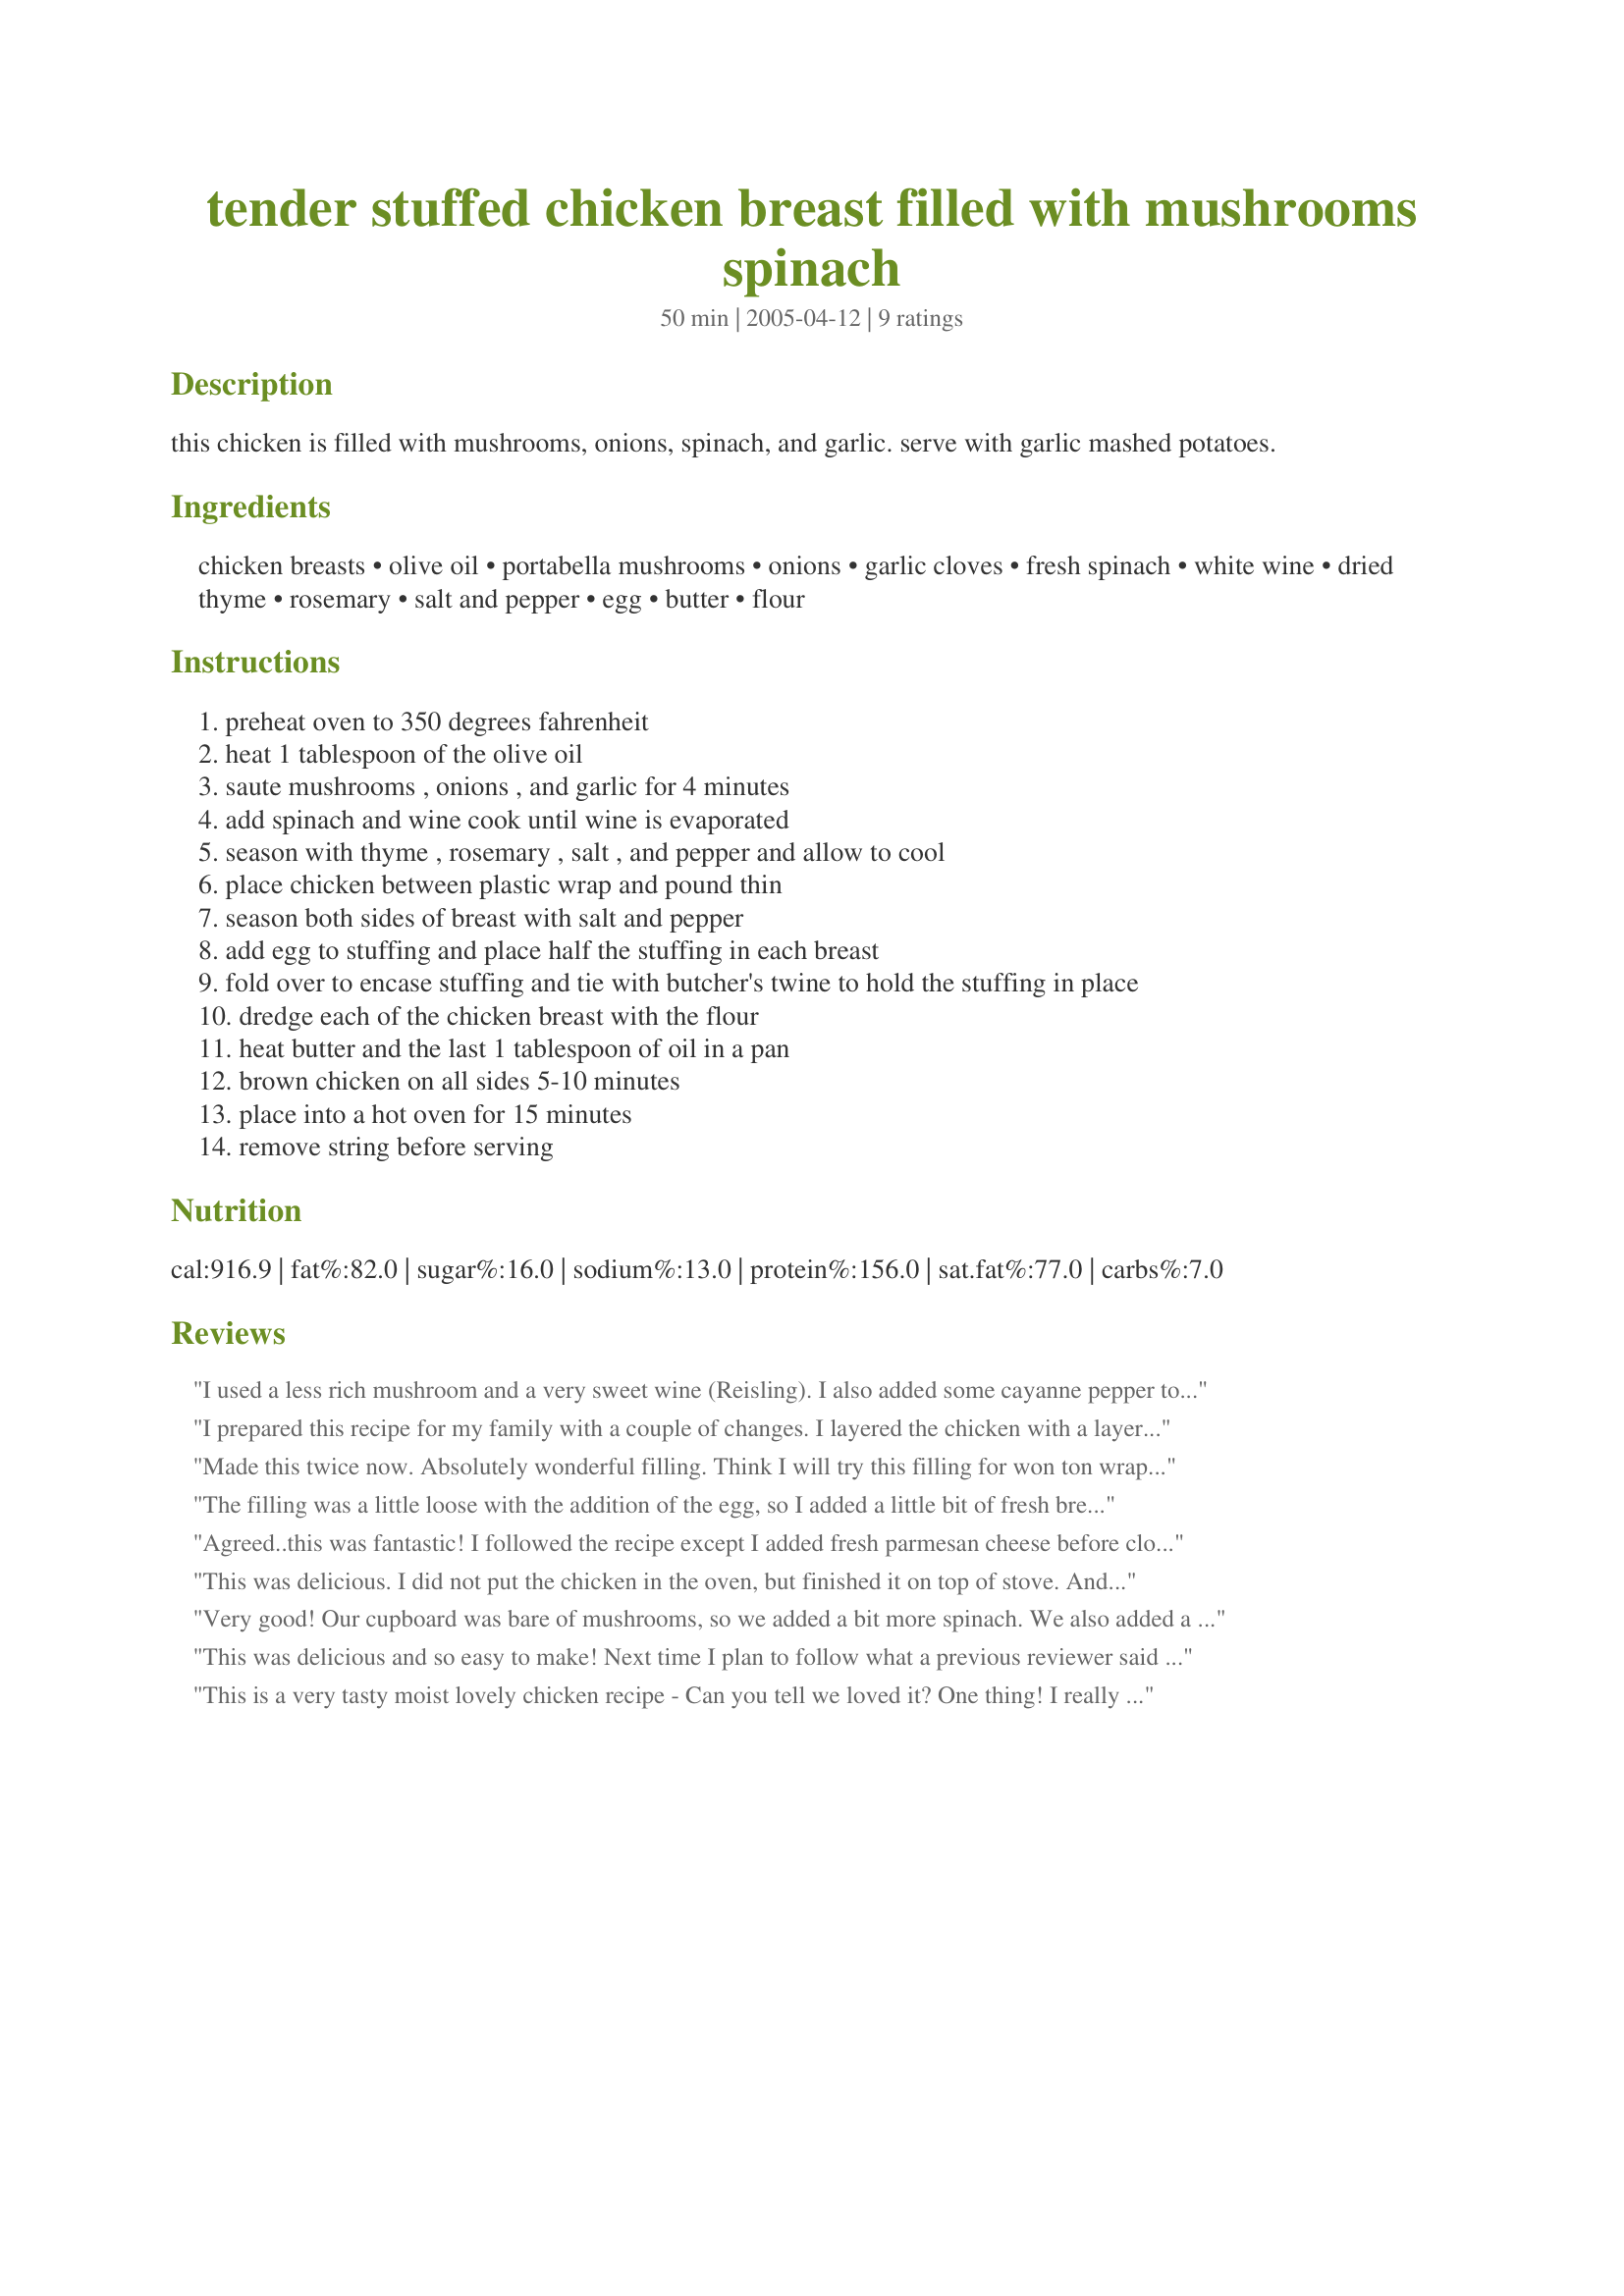
tender stuffed chicken breast filled with mushrooms spinach
Preparation time: 50 minutes

this chicken is filled with mushrooms, onions, spinach, and garlic. serve with garlic mashed potatoes.

Ingredients:
chicken breasts, olive oil, portabella mushrooms, onions, garlic cloves, fresh spinach, white wine, dried thyme, rosemary, salt and pepper, egg, butter, flour

Steps:
preheat oven to 350 degrees fahrenheit
heat 1 tablespoon of the olive oil
saute mushrooms , onions , and garlic for 4 minutes
add spinach and wine cook until wine is evaporated
season with thyme , rosemary , salt , and pepper and allow to cool
place chicken between plastic wrap and pound thin
season both sides of breast with salt and pepper
add egg to stuffing and place half the stuffing in each breast
fold over to encase stuffing and tie with butcher's twine to hold the stuffing in place
dredge each of the chicken breast with the flour
heat butter and the last 1 tablespoon of oil in a pan
brown chicken on all sides 5-10 minutes
place into a hot oven for 15 minutes
remove string before serving

Reviews:
I used a less rich mushroom and a very sweet wine (Reisling). I also added some cayanne pepper to the flour coating for an extra kick. Bam! Overall, enjoyable and easy to prepare.
I prepared this recipe for my family with a couple of changes. I layered the chicken with a layer of prosciutto and provolone cheese then included this stuffing, after I took it from the oven I shredded a little parmesan cheese over the chicken before serving. My family loved it! We will definately have it again. JB-Nebraska
Made this twice now. Absolutely wonderful filling. Think I will try this filling for won ton wrappers and steam them.
The filling was a little loose with the addition of the egg, so I added a little bit of fresh breadcrumbs and parmesan cheese, and that took care of it. Otherwise, followed the recipe and it turned out great.
Agreed..this was fantastic! I followed the recipe except I added fresh parmesan cheese before closing it. I also was skeptical about the 'flour only' batter..so I dredged in egg and then flour....deliously moist.
Definite keeper and the sauce is a must!!! you and look up marsala sauce in recipezaar and it goes great with this!!!
This was delicious. I did not put the chicken in the oven, but finished it on top of stove. And when the chicken was, I deglazed the pan with a little white wine to make a light sauce. Otherwise, I followed instructions precisely and the result was very tender, very flavorful chicken.
Very good! Our cupboard was bare of mushrooms, so we added a bit more spinach. We also added a thin slice of Black Forest ham and a thin slice of Swiss cheese before rolling. While the chicken was finishing up in the oven, we deglazed the pan, then made a sauce with Dijon mustard and a touch of heavy cream. Sliced diagonally and served over a bed of wide egg noodles with fresh herbs, topped with the mustard cream, we agree that this is elegant enough for company!
This was delicious and so easy to make! Next time I plan to follow what a previous reviewer said and will layer with proscuitto and cheese.
This is a very tasty moist lovely chicken recipe - Can you tell we loved it? One thing! I really massacred the chicken when I was pounding it - it was still a wee bit frozen - there were some thin spots so be kind when you are pounding yours. I didn't bake it. The chicken was so thin that it cooked perfectly in the pan. I only used a spray of mazola, The combination in the stuffing is wonderful Thanks Rita for a real winner - Looks great and tastes Mmmmmmm
